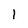
Character: 1